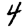
Digit: 4